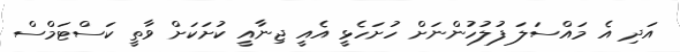
އަދި އެ މައްސަލަ ފުލުހުންނަށް ހުށަހެޅީ އެއީ ޖިނާއީ ކުށަކަށް ވާތީ ކަސްޓަމްސް